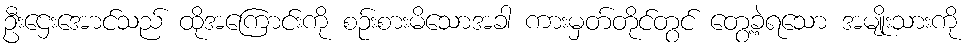
ဦးဌေးအောင်သည် ထိုအကြောင်းကို စဉ်းစားမိသောအခါ ကားမှတ်တိုင်တွင် တွေ့ခဲ့ရသော အမျိုးသားကို